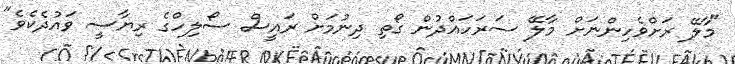
"މާލޭ ރަށްވެހިންނަށް މާލޭ ސަރަހައްދުން ގޯތި ދިނުމަށް ރައީސް ސޯލިހްގެ ރިޔާސީ ވައުދެކެވެ"